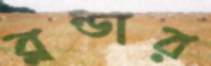
ব্লন্ডার